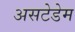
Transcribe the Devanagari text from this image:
असटेडेम